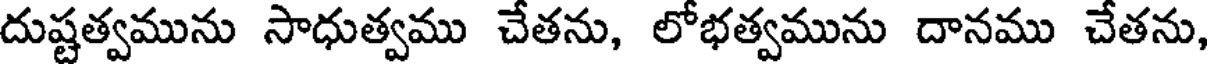
దుష్టత్వమును సాధుత్వము చేతను, లోభత్వమును దానము చేతను,